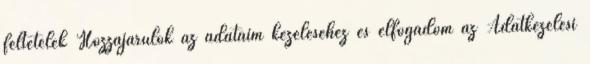
feltételek Hozzájárulok az adataim kezeléséhez és elfogadom az Adatkezelési